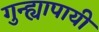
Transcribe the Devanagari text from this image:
गुन्ह्यापायी